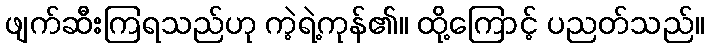
ဖျက်ဆီးကြရသည်ဟု ကဲ့ရဲ့ကုန်၏။ ထို့ကြောင့် ပညတ်သည်။